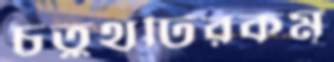
চতুর্থটিরকম্